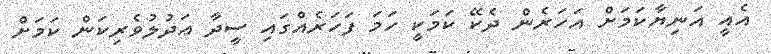
އެއީ އަނިޔާކަމަށް އަހަރެން ދެކޭ ކަމަކީ ހަމަ ފަހަރެއްގައި ސީދާ ޢަދުލުވެރިކަން ކަމަށް